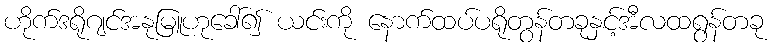
ဟိုက်ဒရိုဂျင်အနုမြူဟုခေါ်၍ ယင်းကို နောက်ထပ်ပရိုတွန်တခုနှင့်အီလထရွန်တခု